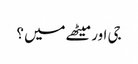
جی اور میٹھے میں ؟